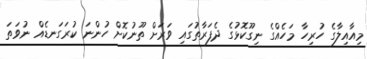
މިއާއިލާގެ ހުރިހާ މަހެއްގެ ނިގޫކޮޅުގެ ދެފަރާތުގައި ވަރަށް ތޫނުކޮށް ހުންނަ ކުރަގަނޑެއް ނުވަތަ